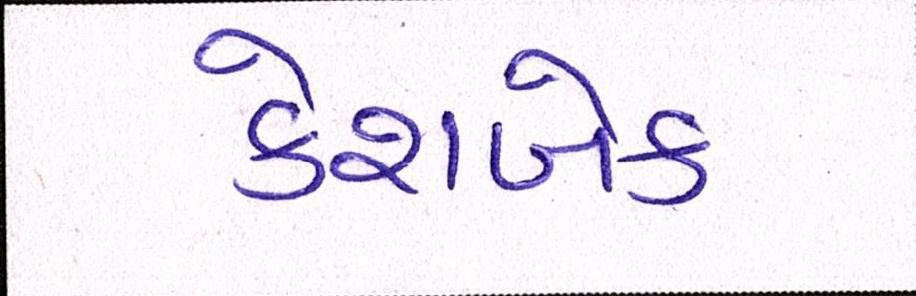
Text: કેશબેક